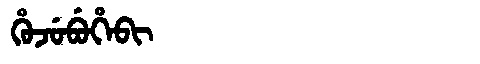
Manchu: ᡥᡠᠵᡠᠪᡠᡥᡝᠪᡳ
Romanization: HUJUBUHEBI